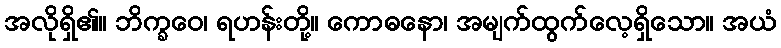
အလိုရှိ၏။ ဘိက္ခဝေ၊ ရဟန်းတို့။ ကောဓနော၊ အမျက်ထွက်လေ့ရှိသော။ အယံ